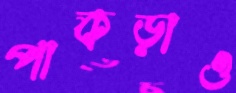
পাকড়াও